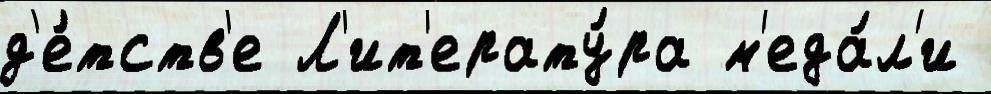
д'е́тств'е Л'ит'ерату́ра м'еда́л'и